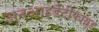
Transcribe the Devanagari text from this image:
अनआइडेंटीफायड